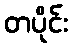
တပိုင်း